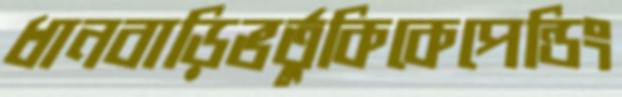
ধানবাড়িভর্তুকিকেপেন্ডিং